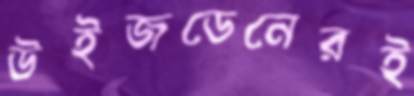
উইজডেনেরই